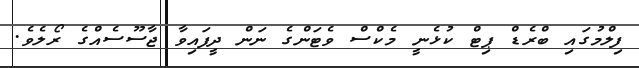
ފިލްމުގައި ބްރެޑް ޕިޓް ކުޅެނީ މެކްސް ވެޓަންގެ ނަން ދީފައިވާ ޖާސޫސެއްގެ ރޯލެވެ.